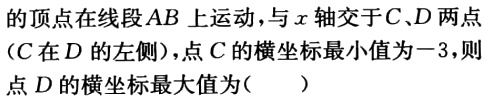
的顶点在线段\(AB\)上运动，与\(x\)轴交于\(C、D\)两点（\(C\)在\(D\)的左侧），点\(C\)的横坐标最小值为\(-3\)，则点\(D\)的横坐标最大值为（  ）